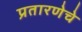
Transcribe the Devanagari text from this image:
प्रतारणेचे